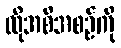
ထိုအစီအစဉ်ကို